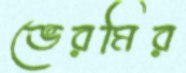
ভেরমির